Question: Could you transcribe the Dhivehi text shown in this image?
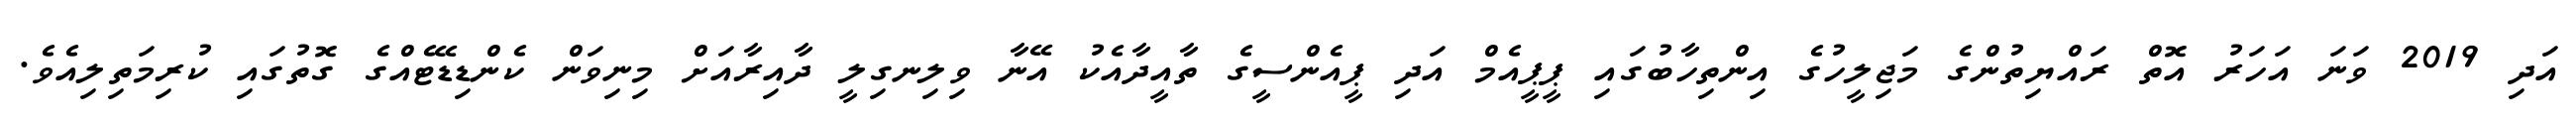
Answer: އަދި 2019 ވަނަ އަހަރު އޮތް ރައްޔިތުންގެ މަޖިލީހުގެ އިންތިހާބުގައި ޕީޕީއެމް އަދި ޕީއެންސީގެ ތާއީދާއެކު އޭނާ ވިލިނގިލީ ދާއިރާއަށް މިނިވަން ކެންޑިޑޭޓެއްގެ ގޮތުގައި ކުރިމަތިލިއެވެ.